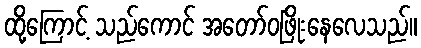
ထို့ကြောင့် သည်ကောင် အတော်ဝဖြိုးနေလေသည်။